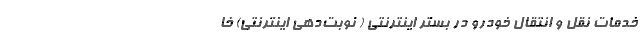
خدمات نقل و انتقال خودرو در بستر اینترنتی ( نوبت‌دهی اینترنتی) خا